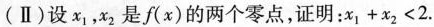
(Ⅱ)设x_{1}，x_{2}是f(x)的两个零点，证明：$$x _ { 1 } + x _ { 2 } < 2.